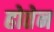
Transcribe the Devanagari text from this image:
होतेन